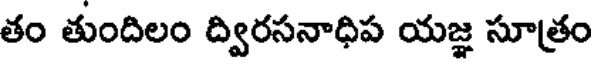
తం తుందిలం ద్విరసనాధిప యజ్ఞ సూత్రం